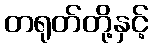
တရုတ်တို့နှင့်